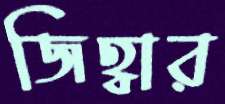
জিহ্বার